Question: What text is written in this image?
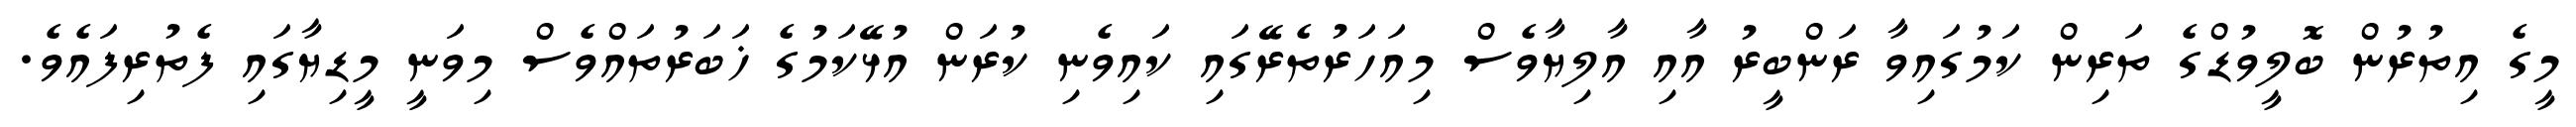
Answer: މީގެ އިތުރުން ބޮލީވުޑްގެ ތަރިން ކަމުގައިވާ ރަންބީރު އާއި އާލިޔާވެސް މިއަހަރުތެރޭގައި ކައިވެނި ކުރަން އުޅޭކަމުގެ ޚަބަރުތައްވެސް މިވަނީ މީޑިޔާގައި ފެތުރިފައެވެ.